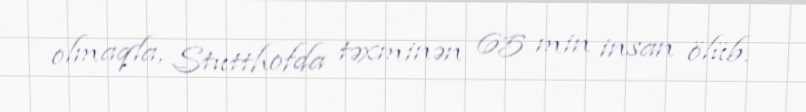
olmaqla, Stutthofda təxminən 65 min insan ölüb.